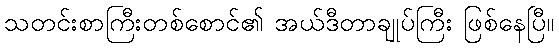
သတင်းစာကြီးတစ်စောင်၏ အယ်ဒီတာချုပ်ကြီး ဖြစ်နေပြီ။